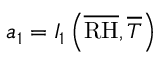
a _ { 1 } = I _ { 1 } \left( \overline { { \mathrm { R H } } } , \overline { { T } } \right)